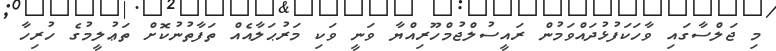
މި ޖަލްސާގައި ވާހަކަފުޅުދައްވަމުން ރައީސުލްޖުމްހޫރިއްޔާ ވަނީ ވަކި މަރުޙަލާއެއް ތަފާތުނުކޮށް ތަޢުލީމުގެ ހުރިހާ